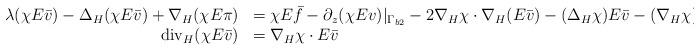
LaTeX: \begin{align*} \begin{array}{rll}\lambda (\chi E\bar v) - \Delta_H(\chi E\bar v) + \nabla_H(\chi E\pi) &= \chi E\bar f - \partial_{z}(\chi Ev)|_{\Gamma_{b2}} - 2\nabla_H\chi\cdot\nabla_H(E\bar v) - (\Delta_H\chi)E\bar v - (\nabla_H\chi)E\pi & \\\mathrm{div}_H(\chi E\bar v) &= \nabla_H\chi\cdot E\bar v &\end{array}\end{align*}